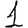
Digit: 1